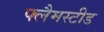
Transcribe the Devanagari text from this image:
फ्लैमस्टीड